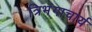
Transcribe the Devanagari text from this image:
त्रिभंगाचार्य